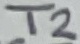
Text: T2